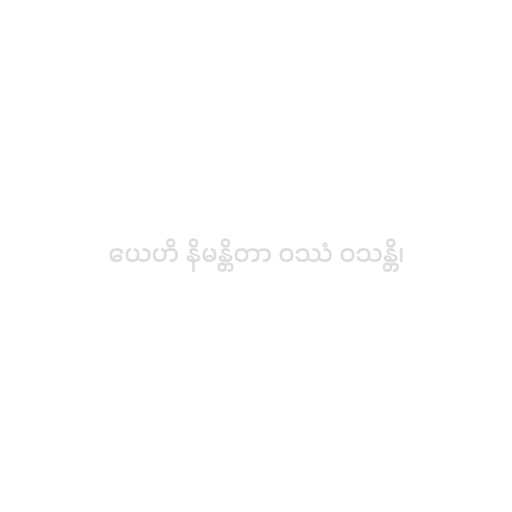
ယေဟိ နိမန္တိတာ ဝဿံ ဝသန္တိ၊